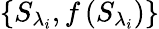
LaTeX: \left\{ {{S}_{{\lambda}_{i}}},f\left({{S}_{{\lambda}_{i}}}\right)\right\}